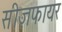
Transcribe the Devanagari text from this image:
सीज़फायर